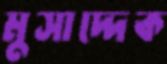
মুসাদ্দেক